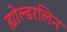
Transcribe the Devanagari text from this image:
ह्योल्डरलिन